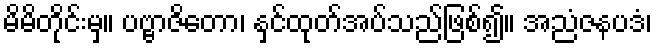
မိမိတိုင်းမှ။ ပဗ္ဗာဇိတော၊ နှင်ထုတ်အပ်သည်ဖြစ်၍။ အညံဇနပဒံ၊